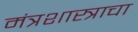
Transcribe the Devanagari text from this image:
मंत्रशास्त्राचा